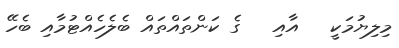
މިލިޔުމަކީ   އާއި   ގެ ކަންތައްތައް ބެލެހެއްޓުމާއި ބެހޭ